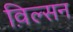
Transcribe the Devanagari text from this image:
व़िल्सन